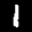
Label: 1